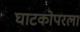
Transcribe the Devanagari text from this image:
घाटकोपरला